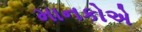
માનકોએ